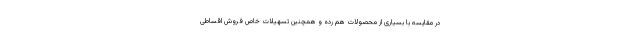
در مقایسه با بسیاری از محصولات هم رده و همچنین تسهیلات خاص فروش اقساطی